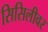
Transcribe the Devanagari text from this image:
सिसिलीवर